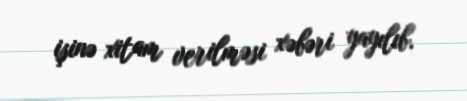
işinə xitam verilməsi xəbəri yayılıb.